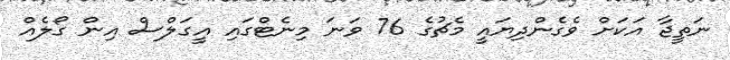
ނަތީޖާ އަކަށް ވެގެންދިޔައީ މެޗުގެ 76 ވަނަ މިނެޓްގައި އީގަލްސް އިން ގޯލެއް